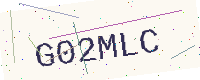
Text: G02MLC